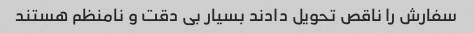
سفارش را ناقص تحویل دادند بسیار بی دقت و نامنظم هستند